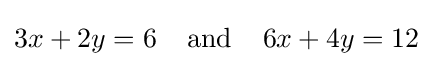
3x+2y=6\;\;\;\;{\text{and}}\;\;\;\;6x+4y=12